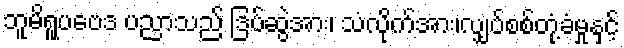
ဘူမိရူပဗေဒ ပညာသည် ဒြပ်ဆွဲအား၊ သံလိုက်အား၊လျှပ်စစ်တုံ့ခံမှုနှင့်